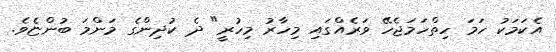
އެކަމަކު ހަމަ ހިތްހަމަޖެހޭ ވަރެއްގައި މިހާރު މިހުރީ" ދެ ކުދިންގެ މަންމަ ބުންޏެވެ.